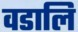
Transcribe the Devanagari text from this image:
वडालि